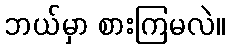
ဘယ်မှာ စားကြမလဲ။